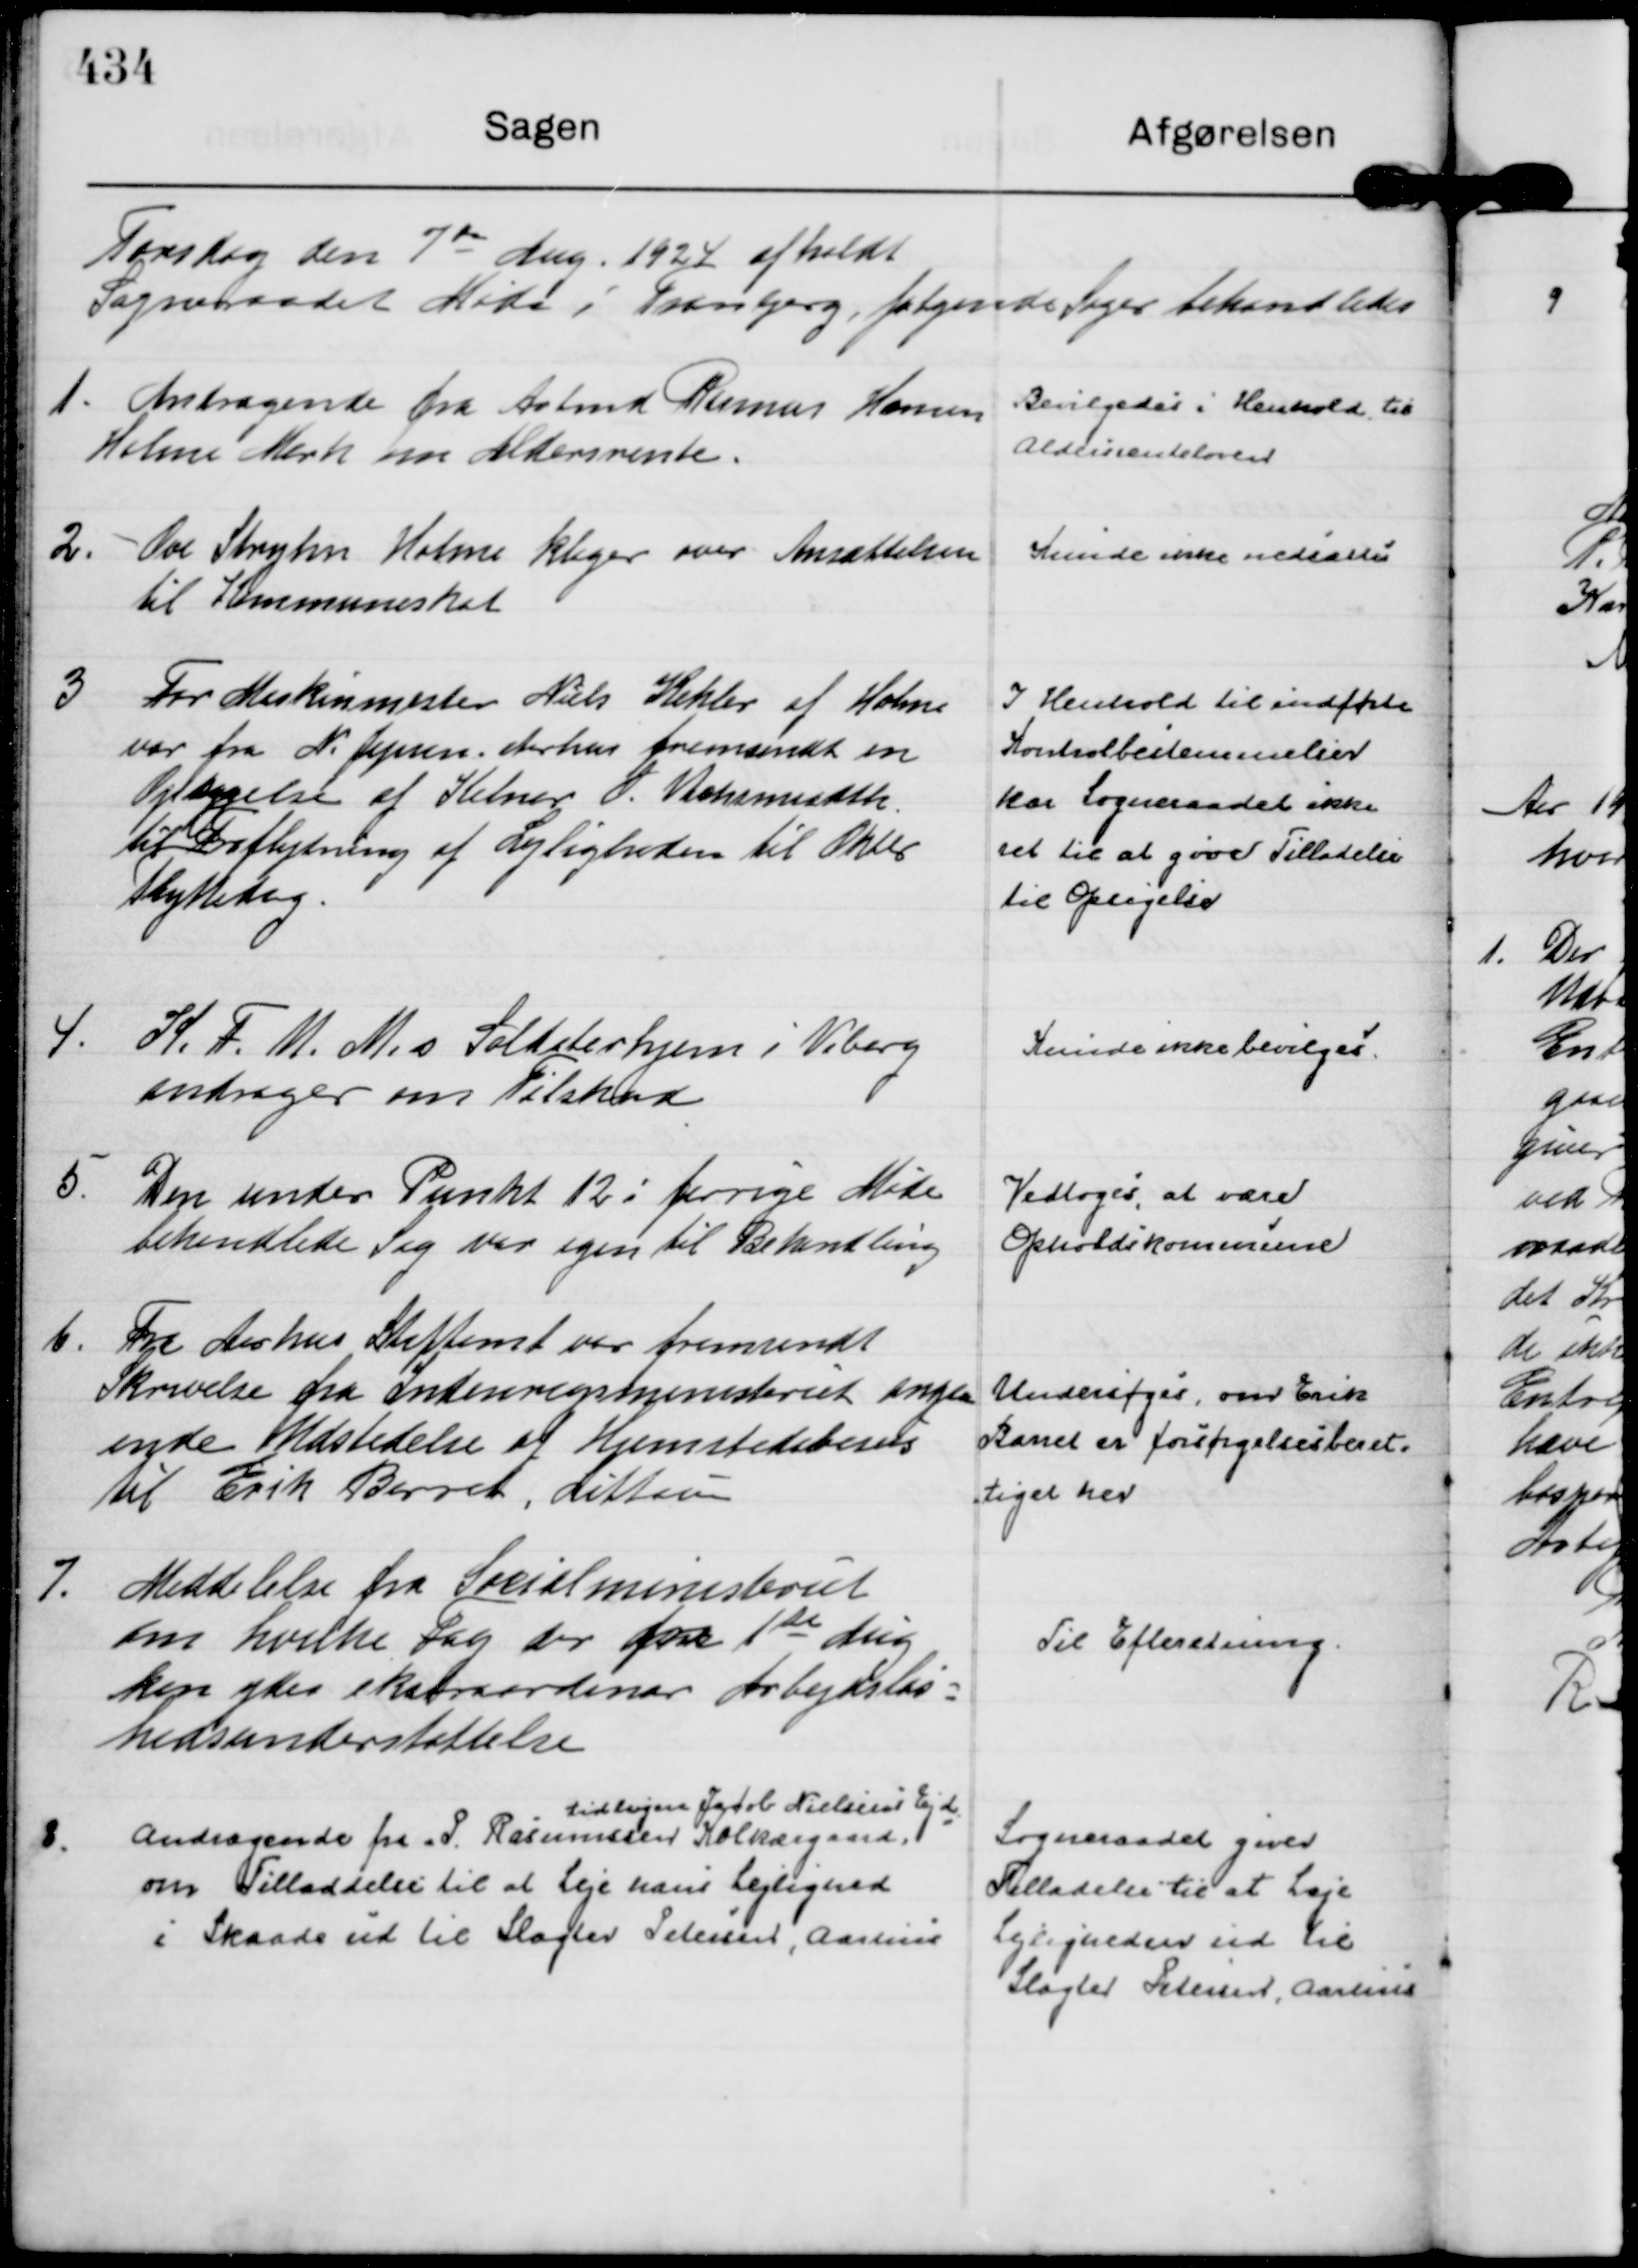
Transskription:
Torsdag den 7 de Aug. 1924 afholdt
Sogneraadet Møde i Tranbjerg, følgende Sager behandledes

1. 
Andragende fra Arbmd Rasmus Hansen
Holme Mark om Aldersrente.

Bevilgedes i Henhold til
Aldersrenteloven

2.
Ove Stryhn Holme klager over Ansættelsen
til Kommuneskat

Kunde ikke nedsættes

3
For Maskinmester Niels Kehler af Holme
var fra N. Jepsen, Aarhus fremsendt en
Opsigelse af Kelner O. Wehsmiedth 
til Fraflytning af Lejligheden til Oktbr
flyttedag.

I Henhold til indførte
Kontrolbestemmelser
har Sogneraadet ikke
ret til at give Tilladelse
til Opsigelse

4.
K. F. U. M.s Soldaterhjem i Viborg
andrager om Tilskud

Kunde ikke bevilges.

5.
Den under Punkt 12 i forrige Møde
behandlede Sag var igen til Behandling

Vedtoges, at være
Opholdskommune

6.
Fra Aarhus Stiftamt var fremsendt
Skrivelse fra Indenrigsministeriet angaa
ende Udstedelse af Hjemstedsbevis
til Erik Barret, Littan

Undersøges om Erik
Barret er forsørgelsesberet=
tiget her

7.
Meddelelse fra Socialministeriet
om hvilke Fag der fra 1 ste Aug 
kan ydes ekstraordinær Arbejdsløs=
hedsunderstøttelse

Til Efteretning.

8.
Andragende fra P. Rasmussen Kolkærgaard 
tidligere Jacob Nielsens Ejd. 
om Tilladdelse til at Leje hans Lejlighed
i Skaade ud til Slagter Petersen, Aarhus

Sogneraadet giver
Tilladelse til at Leje
Lejligheden ud til
Slagter Petersen, Aarhus